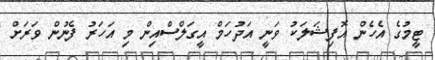
ޓީމުގެ އެހެން އޮފިޝަލަކު ވަނީ އަދުހަމް އީގަލްސްއިން މި އަހަރު ފެނުން ވަރަށް